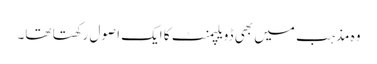
وہ مذہب میں بھی ڈویلپمنٹ کا ایک اصول رکھتا تھا۔